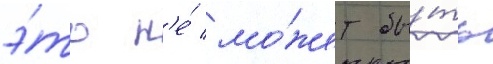
э́то н'е́ мо́жет бы́ть